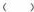
( )